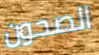
الصحون